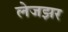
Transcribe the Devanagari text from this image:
लेजझर